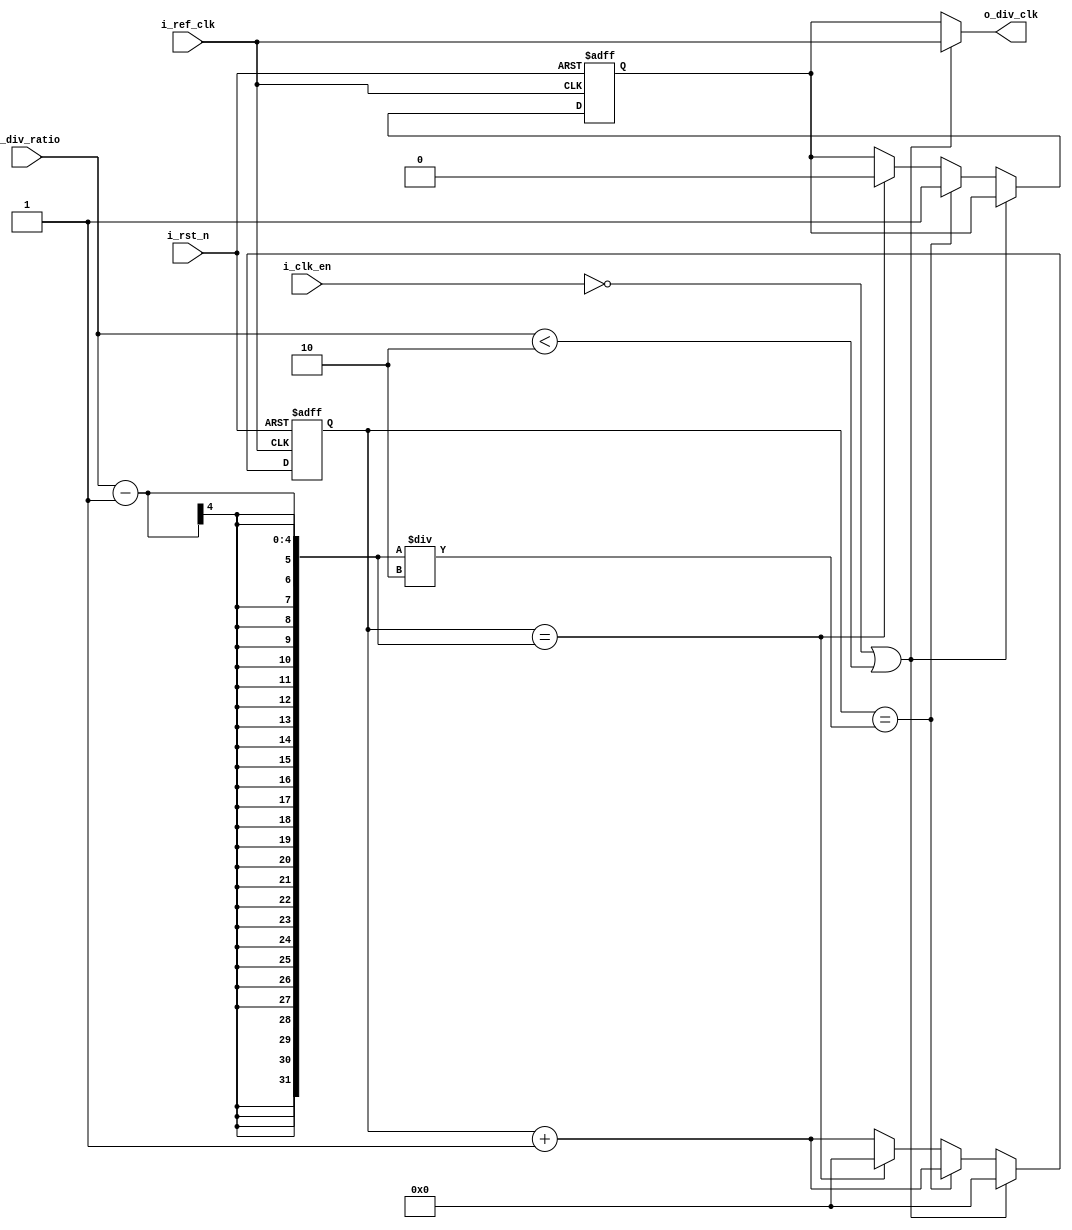
module ClkDiv #(parameter width = 4)
(i_ref_clk, i_rst_n, i_clk_en, i_div_ratio, o_div_clk);

input i_ref_clk, i_rst_n, i_clk_en;
input [width-1:0] i_div_ratio;
//output reg o_div_clk;
output wire o_div_clk;

reg [width-1:0] counter;
reg out;

always @(posedge i_ref_clk or negedge i_rst_n) 
begin
    if (!i_rst_n)
    begin
    out <= 'b0;
    counter <= 'b0;
    end
    else if (!i_clk_en || (i_div_ratio<'b10))
    begin
    counter <= 'b0;
    end
    else
    begin
        counter <= counter + 1'b1;
        if(counter == ((i_div_ratio-1) / 2))
        out <= 1'b1;
        else if (counter == (i_div_ratio-1))
        begin
        out <= 1'b0;
        counter <= 'b0;
        end
    end
end

assign o_div_clk = (!i_clk_en || (i_div_ratio < 'b10)) ? i_ref_clk : out;
endmodule